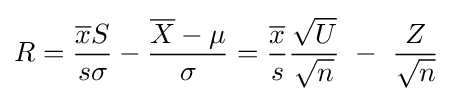
R={\frac {{\overline {x}}S}{s\sigma }}-{\frac {{\overline {X}}-\mu }{\sigma }}={\frac {\overline {x}}{s}}{\frac {\sqrt {U}}{\sqrt {n}}}~-~{\frac {Z}{\sqrt {n}}}